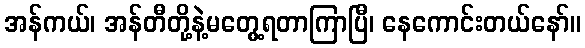
အန်ကယ်၊ အန်တီတို့နဲ့မတွေ့ရတာကြာပြီ၊ နေကောင်းတယ်နော်။